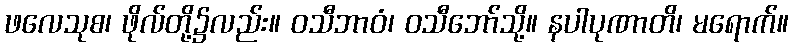
ဖလေသုစ၊ ဖိုလ်တို့၌လည်း။ ဝသီဘာဝံ၊ ဝသီဘော်သို့။ နပါပုဏာတိ၊ မရောက်။